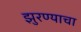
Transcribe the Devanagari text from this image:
झुरण्याचा